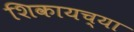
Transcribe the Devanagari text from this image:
शिकायच्या